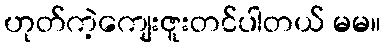
ဟုတ်ကဲ့ကျေးဇူးတင်ပါတယ် မမ။